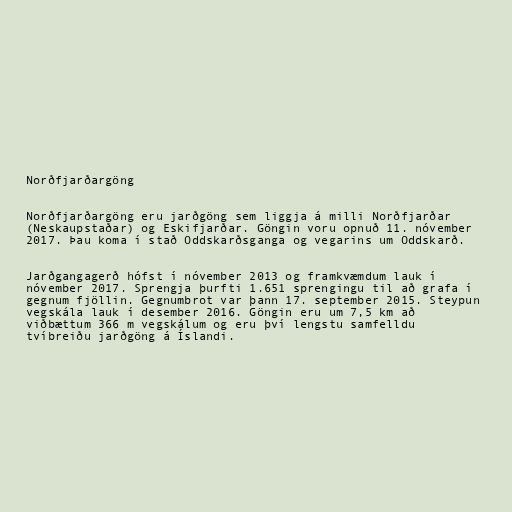
Norðfjarðargöng

Norðfjarðargöng eru jarðgöng sem liggja á milli Norðfjarðar
(Neskaupstaðar) og Eskifjarðar. Göngin voru opnuð 11. nóvember
2017. Þau koma í stað Oddskarðsganga og vegarins um Oddskarð.

Jarðgangagerð hófst í nóvember 2013 og framkvæmdum lauk í
nóvember 2017. Sprengja þurfti 1.651 sprengingu til að grafa í
gegnum fjöllin. Gegnumbrot var þann 17. september 2015. Steypun
vegskála lauk í desember 2016. Göngin eru um 7,5 km að
viðbættum 366 m vegskálum og eru því lengstu samfelldu
tvíbreiðu jarðgöng á Íslandi.